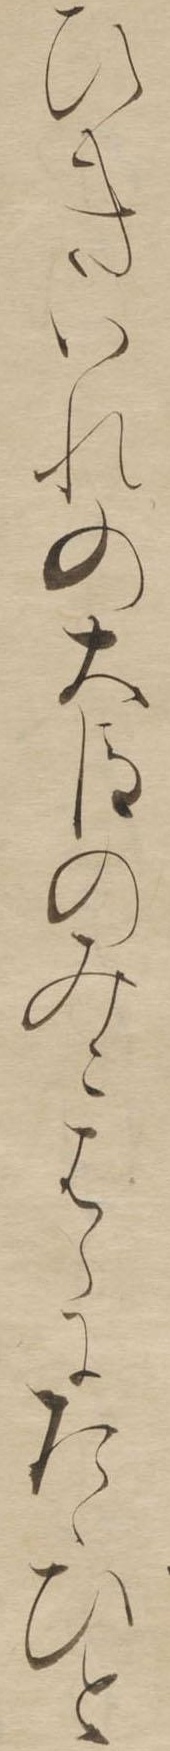
ひきいれの大臣のみこはらにたゝひと